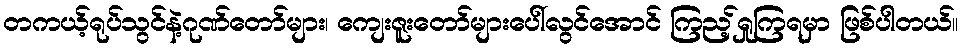
တကယ့်ရုပ်သွင်နဲ့ဂုဏ်တော်များ၊ ကျေးဇူးတော်များပေါ်လွင်အောင် ကြည့်ရှုကြရမှာ ဖြစ်ပါတယ်။